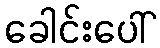
ခေါင်းပေါ်